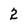
Character: 2